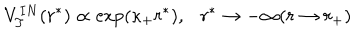
LaTeX: V _ { T } ^ { I N } ( r ^ { * } ) \propto \exp ( \kappa _ { + } r ^ { * } ) , r ^ { * } \to - \infty ( r \to r _ { + } )